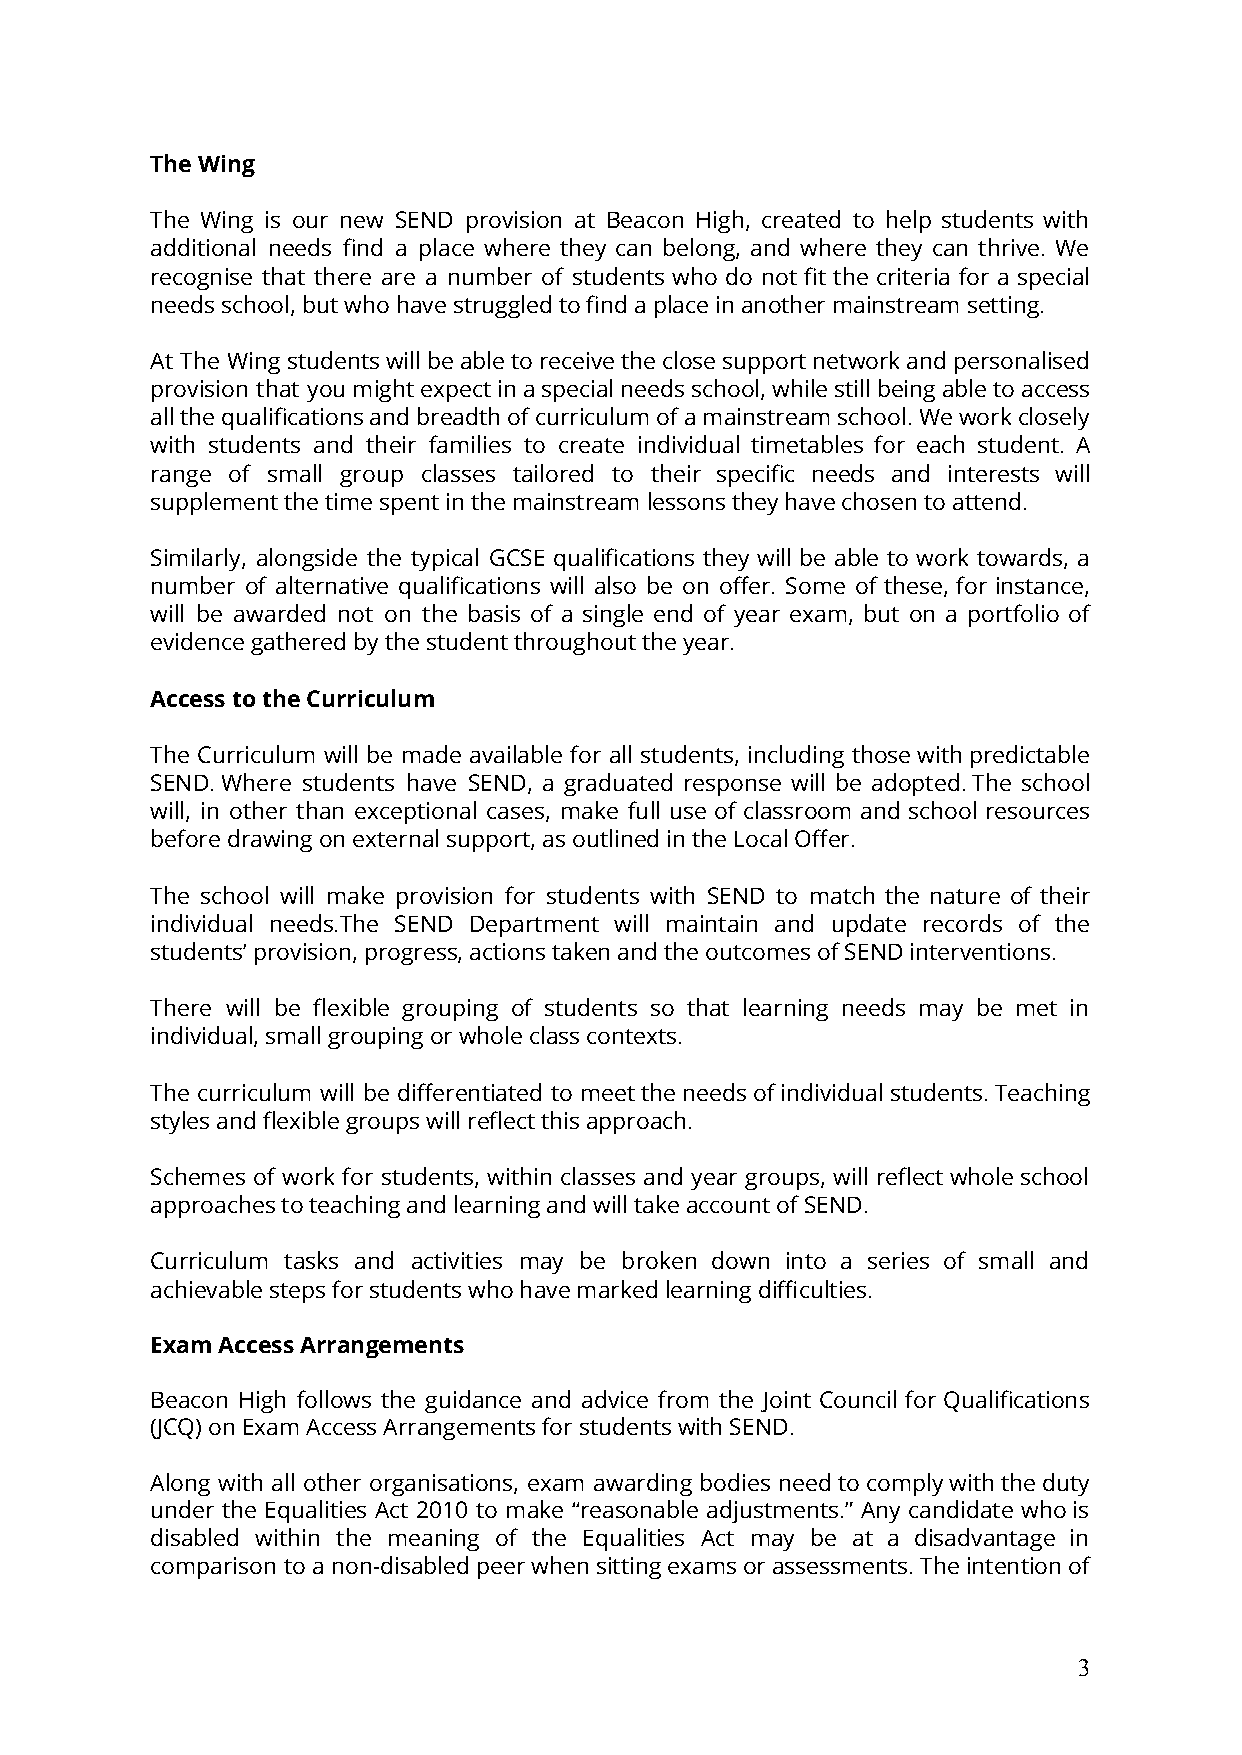
The Wing
 The Wing is our new SEND provision at Beacon High, created to help students with
 additional needs find a place where they can belong, and where they can thrive. We
 recognise that there are a number of students who do not fit the criteria for a special
 needs school, but who have struggled to find a place in another mainstream setting.
 At The Wingstudentswillbeabletoreceivetheclosesupportnetworkandpersonalised
 provision that youmightexpectinaspecialneedsschool,whilestillbeingabletoaccess
 allthequalificationsandbreadthofcurriculumofamainstreamschool.Weworkclosely
 with students and their families to create individual timetables for each student. A
 range of small group classes tailored to their specific needs and interests will
 supplement the time spent in the mainstream lessons they have chosen to attend.
 Similarly, alongside the typical GCSE qualifications they will be able to work towards, a
 number of alternative qualifications will also be on offer. Some of these, for instance,
 will be awarded not on the basis of a single end of year exam, but on a portfolio of
 evidence gathered by the student throughout the year.
 Access to the Curriculum
 The Curriculum will be made available for all students, including thosewithpredictable
 SEND. Where students have SEND, a graduated response will be adopted. The school
 will, in other than exceptional cases, make full use of classroom and school resources
 before drawing on external support, as outlined in the Local Offer.
 The school will make provision for students with SEND to match the nature of their
 individual needs.The SEND Department will maintain and update records of the
 students’ provision, progress, actions taken and the outcomes of SEND interventions.
 There will be flexible grouping of students so that learning needs may be met in
 individual, small grouping or whole class contexts.
 The curriculum will be differentiated to meettheneedsofindividualstudents. Teaching
 styles and flexible groups will reflect this approach.
 Schemes of work for students, within classes and year groups, will reflectwholeschool
 approaches to teaching and learning and will take account of SEND.
 Curriculum tasks and activities may be broken down into a series of small and
 achievable steps for students who have marked learning difficulties.
 Exam Access Arrangements
 Beacon High follows the guidance and advice from the Joint Council for Qualifications
 (JCQ) on Exam Access Arrangements for students with SEND.
 Along with all other organisations, exam awarding bodies needtocomplywiththeduty
 under the Equalities Act 2010 to make “reasonable adjustments.” Any candidate whois
 disabled within the meaning of the Equalities Act may be at a disadvantage in
 comparison toanon-disabledpeerwhensittingexamsorassessments.Theintentionof
 3